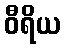
ဝီရိယ